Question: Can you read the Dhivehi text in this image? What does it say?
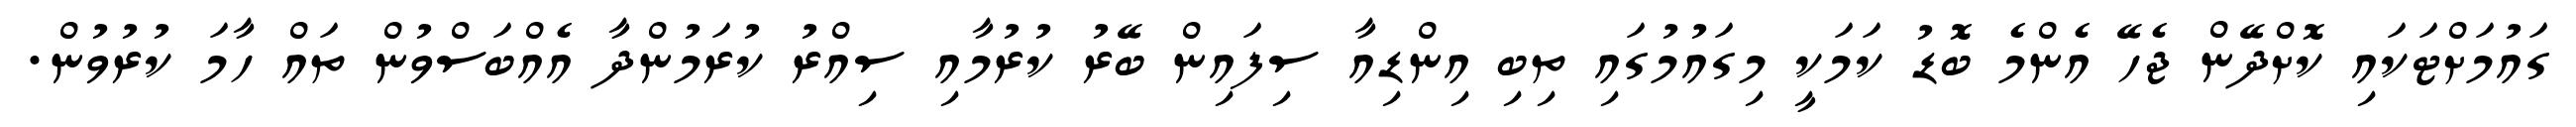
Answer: ގައުމަށްޓަކައި ކޮށްދޭން ޖެހޭ އެންމެ ބޮޑު ކަމަކީ މިގައުމުގައި ތިބި އިންޑިއާ ސިފައިން ބޭރު ކުރުމާއި ސިއްރު ކުރަމުންދާ އެއްބަސްވުން ތައް ހާމަ ކުރުވުން.